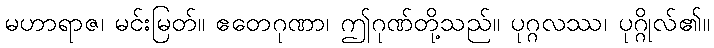
မဟာရာဇ၊ မင်းမြတ်။ ဧတေဂုဏာ၊ ဤဂုဏ်တို့သည်။ ပုဂ္ဂလဿ၊ ပုဂ္ဂိုလ်၏။